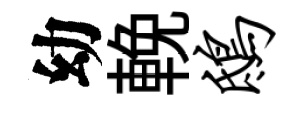
幼輓鸱